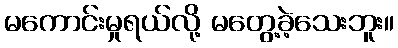
မကောင်းမှုရယ်လို့ မတွေ့ခဲ့သေးဘူး။